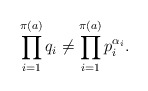
\begin{align*} \prod_{i = 1}^{\pi(a)} q_i \neq \prod_{i = 1}^{\pi(a)}p_i^{\alpha_i}. \end{align*}